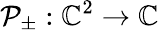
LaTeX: \mathcal{P}_{\pm}:\mathbb{C}^{2}\rightarrow\mathbb{C}